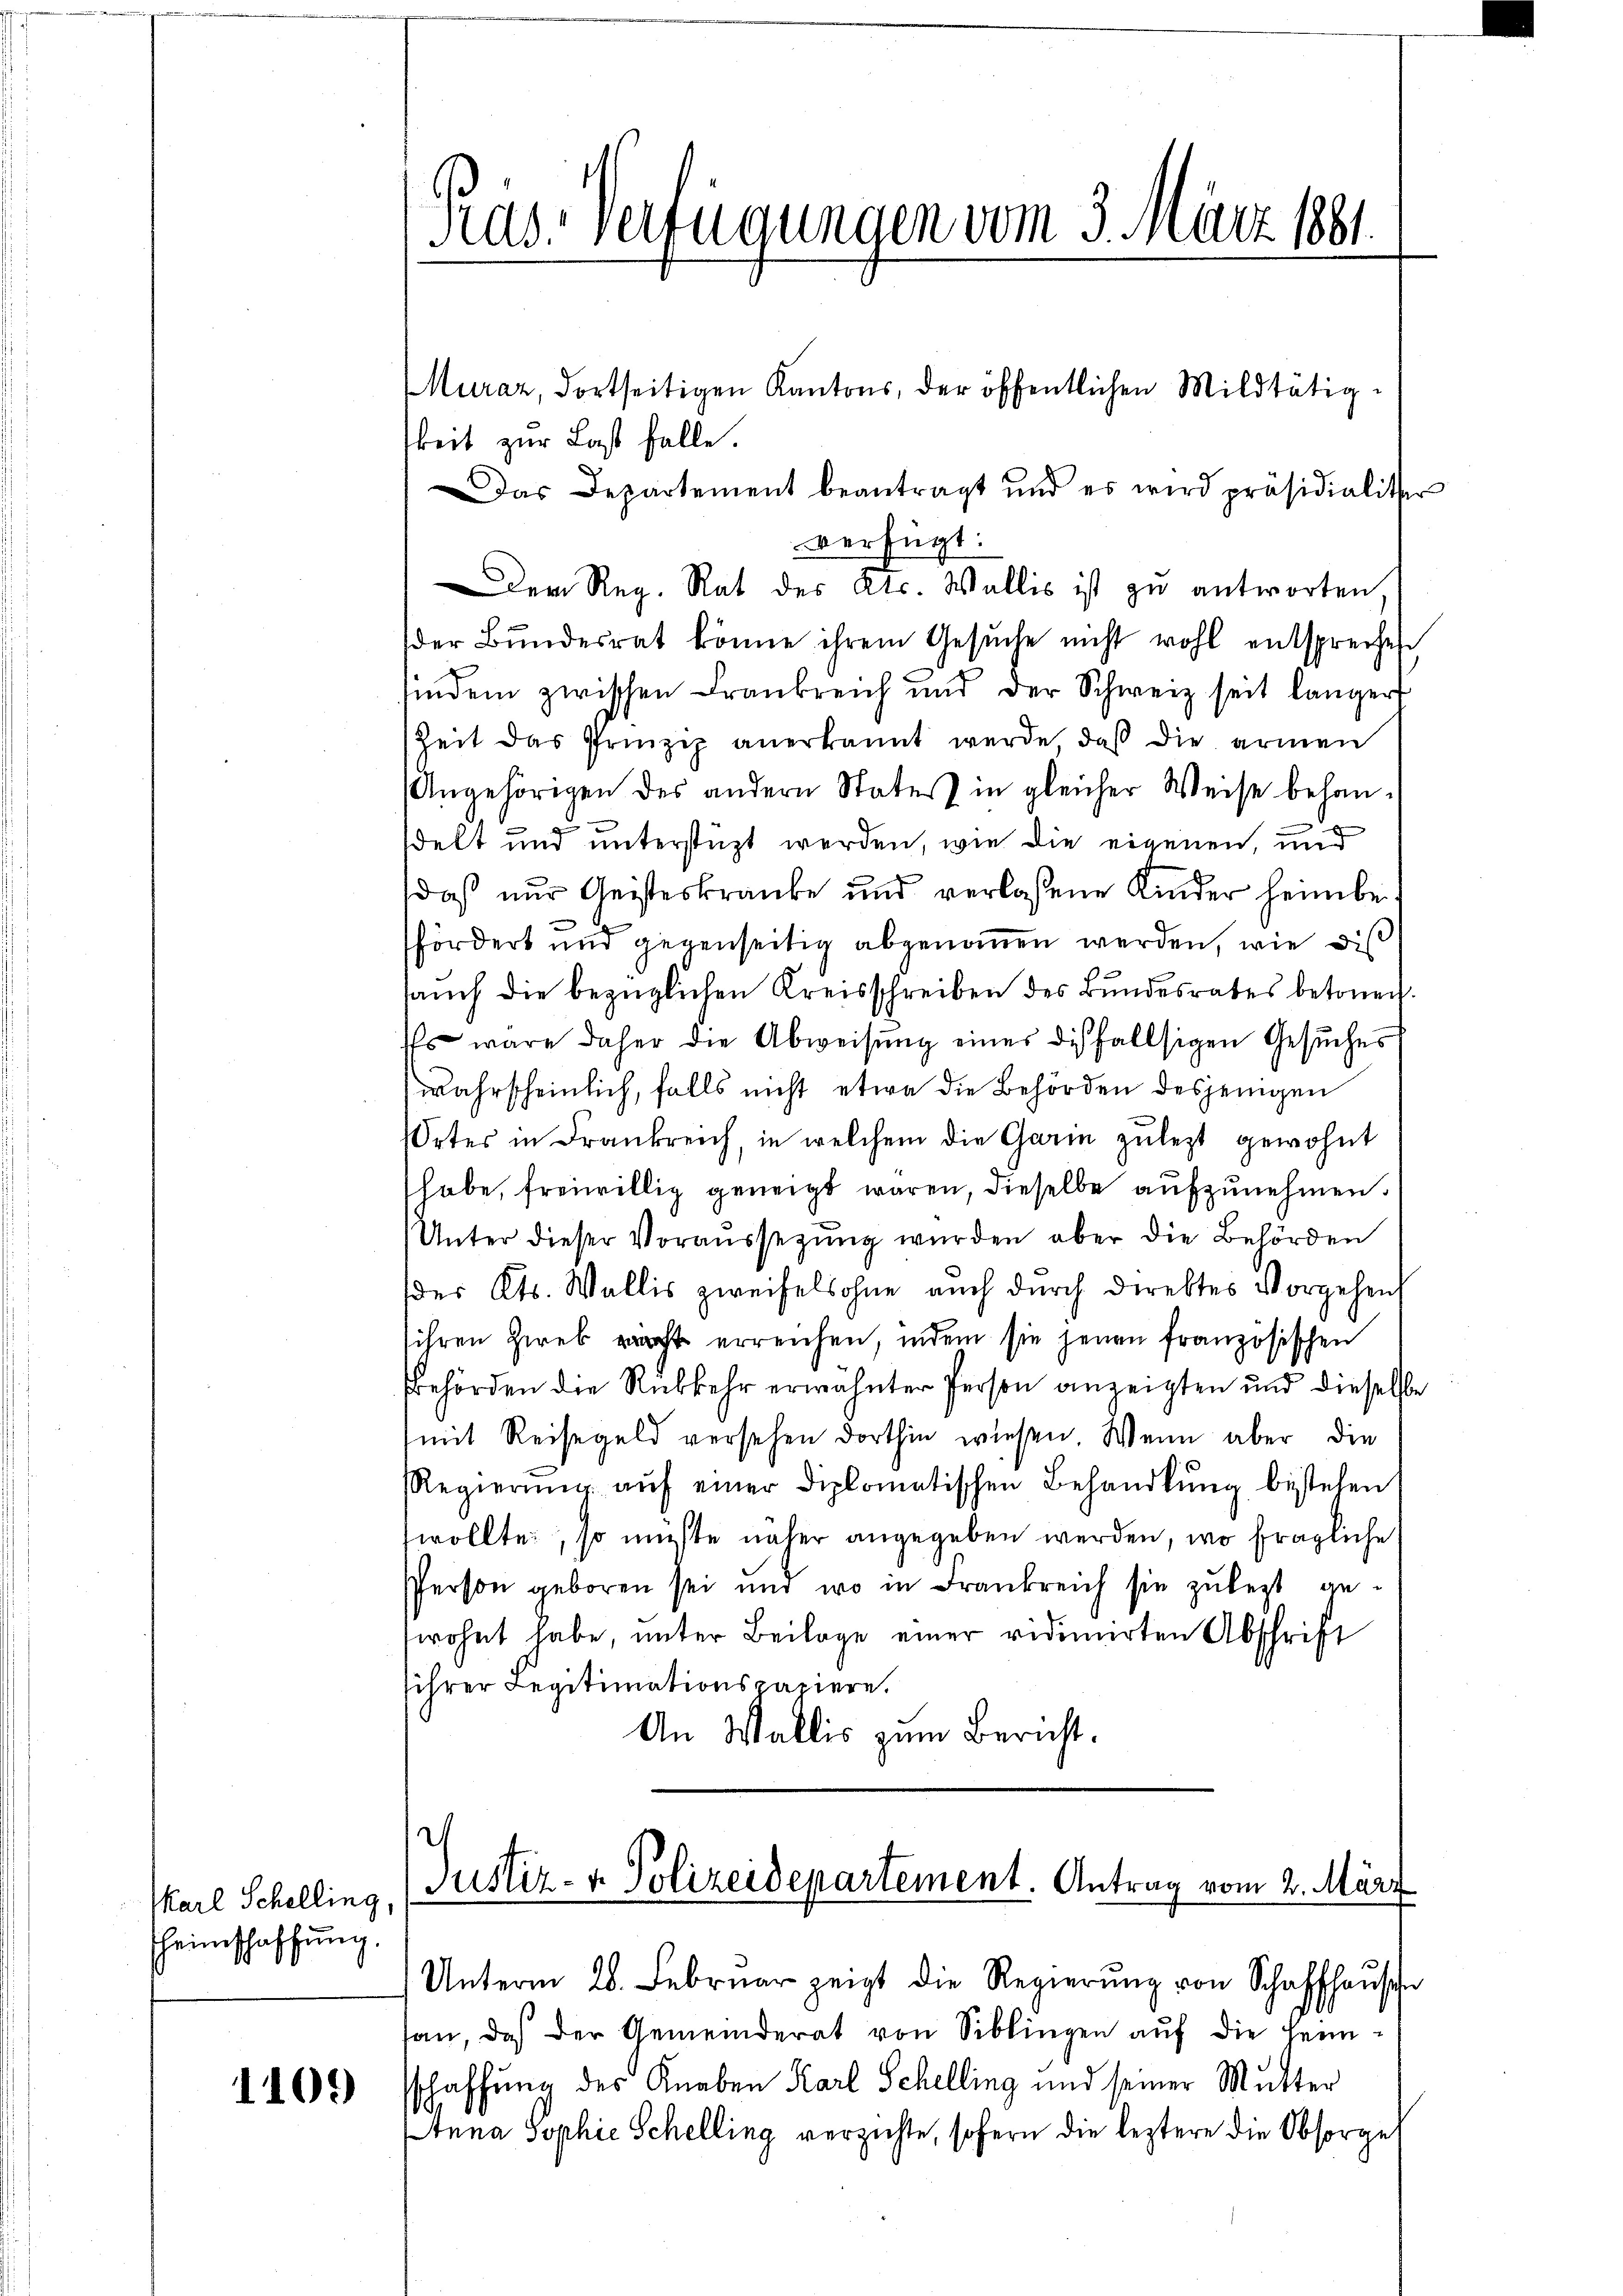
Karl Schelling
heimschaffung.

1109)

Muraz, dortseitigen Kantons, der öffentlichen Mildtätig-
keit zur Last falle.
Das Departement beantragt und es wird präsidialiter
verfügt:
der Reg. Rat des Kts. Wallis ist zu antworten,
der Bundesrat könne ihrem Gesŭche nicht wohl entsprechen
findem zwischen Frankreich und der Schweiz seit länger
Zeit das Prinzip anerkannt werde, daß die armen
Angehörigen des andern Status in gleicher Weise behandelt und unterstüzt werden, wie die eigenen, und
daß nur Geisteskranke und verlassene Kinder heimbe
fördert und gegenseitig abgenommen werden, wie dies
auch die bezüglichen Kreisschreiben des Bundesrates betonech.
Es wäre daher die Abweisung eines diesfallsigen Gesuches
wahrscheinlich, falls nicht etwa die Behörden desjenigen
Ortes in Frankreich, in welchem die Garin zulezt gewohnt
habe, freiwillig geneigt waren, dieselbe aufzunehmen.
Unter dieser Voraussezung wurden aber die Behörden
des Kts. Wallis zweifelsohne auch durch direktes Vorgehens
ihren Zires pracht erreichen, indem sie jenen französischen
Behörden die Rückkehr erwähnter Person anzeigten und dieselbe
mit Reisegeld versehen dorthin wiesen. Wenn aber die
Regierŭng aŭf einer diplomatischen Behandlŭng bestehen
wollte, so müßte näher angegeben werden, wo fragliche
Person geboren sei und wo in Frankreich sie zŭ legt gewohnt habe, unter Beilage einer vidimirten Abschrift
sihrer Legitimationspapiere.
An Wallis zum Bericht.

Präs. Verfügungen vom 3. März 1881.

Justiz- & Polizeidepartement. Antrag vom 2. März

Unterm 28. Februar zeigt die Regierŭng von Schaffhause
san, daß der Gemeinderat von Siblingen aŭf die Heimsschaffung des Knaben Karl Schelling und seiner Mutter
Anna Sophie Schelling verzichte, sofern die leztere die Obsorge